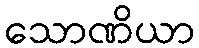
သောဏိယာ